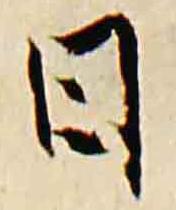
日